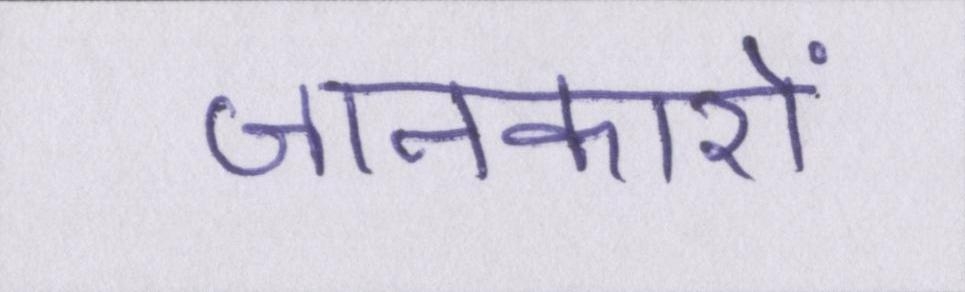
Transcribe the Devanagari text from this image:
जानकारों